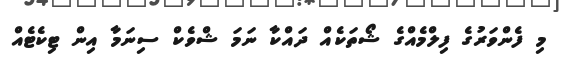
މި ފެންވަރުގެ ފިލްމެއްގެ ޝޯތަކެއް ދައްކާ ނަމަ ޝްވެކް ސިނަމާ އިން ޓިކެޓެއް